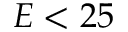
E < 2 5